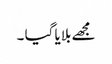
مجھے بلایا گیا ۔